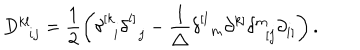
LaTeX: D _ { \; \; i j } ^ { k l } = \frac 1 2 \left( \delta _ { \; \; i } ^ { \left[ k \right. } \delta _ { \; \; j } ^ { \left. l \right] } - \frac 1 { \triangle } \delta _ { \; \; m } ^ { \left[ l \right. } \partial _ { } ^ { \left. k \right] } \delta _ { \; \; \left[ j \right. } ^ { m } \partial _ { \left. i \right] } ^ { } \right) .